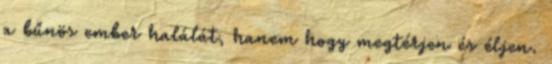
a bűnös ember halálát, hanem hogy megtérjen és éljen.